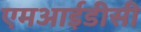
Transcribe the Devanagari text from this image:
एमआईडीसी